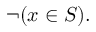
\neg ( x \in S ) .